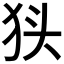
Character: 𭸃